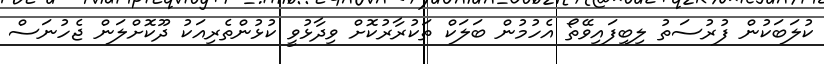
ކުލަބަކުން ފުރުސަތު ލިބިފައިވޭތޯ އެހުމުން ބަލަކް ތަކުރާރުކޮށް ވިދާޅުވީ ކުޅުންތެރިއަކު ދޫކޮށްލަން ޖެހުނަސް